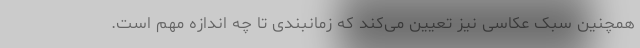
همچنین سبک عکاسی نیز تعیین می‌کند که زمانبندی تا چه اندازه مهم است.